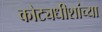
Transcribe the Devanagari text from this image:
कोट्यधीशांच्या